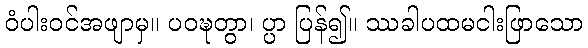
ဝံပါးဝင်အဖျာမှ။ ပဝဍ္ဎတွာ၊ ပ္ပာ ပြန်၍။ ဿခါပထမငါးဖြာသော